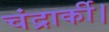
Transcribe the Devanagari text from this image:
चंद्रार्की।